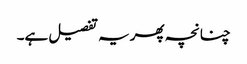
چنانچہ پھر یہ تفصیل ہے۔